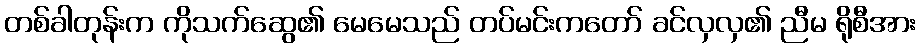
တစ်ခါတုန်းက ကိုသက်ဆွေ၏ မေမေသည် တပ်မင်းကတော် ခင်လှလှ၏ ညီမ ရိုစီအား